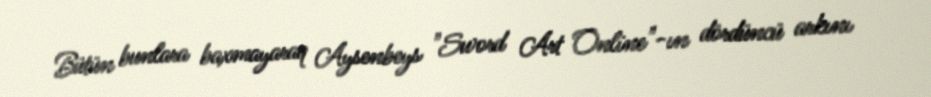
Bütün bunlara baxmayaraq Aysenbeys "Sword Art Online"-ın dördüncü arkını